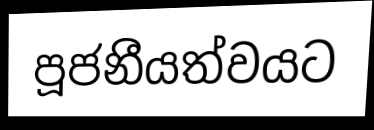
පූජනීයත්වයට